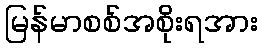
မြန်မာစစ်အစိုးရအား